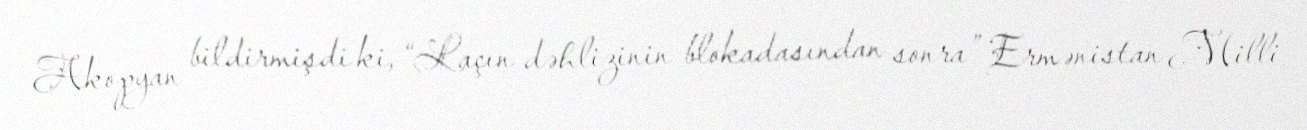
Akopyan bildirmişdi ki, “Laçın dəhlizinin blokadasından sonra” Ermənistan Milli